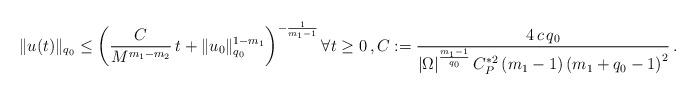
LaTeX: \begin{align*}\Vert u(t)\Vert_{q_0} \leq \left( \frac{C}{M^{m_1-m_2}} \, t + \Vert u_0\Vert_{q_0}^{1-m_1} \right)^{-\frac{1}{m_1-1}} \forall t \ge 0 \, , C := \frac{4 \, c \, q_0}{|\Omega|^{\frac{m_1-1}{q_0}} \, C_P^{\ast 2} \, (m_1-1) \left( m_1+q_0-1 \right)^2} \, . \end{align*}